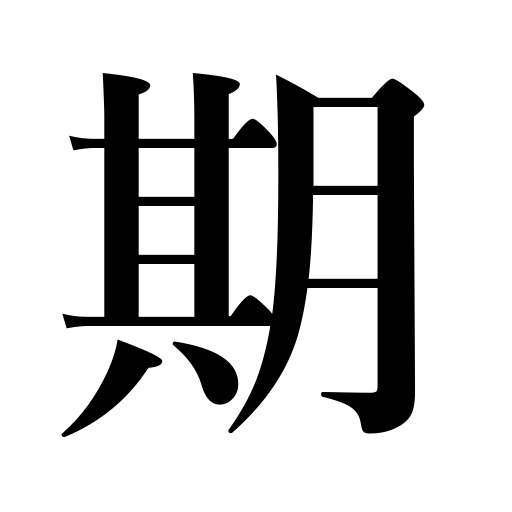
Meanings: term,season,time,period,session,a stage,date, opportunity,an age